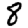
Digit: 8